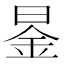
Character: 𮲤